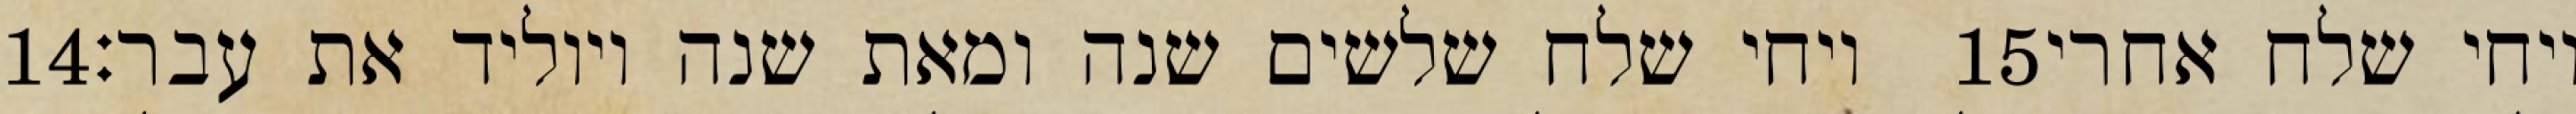
‎14‏ ויחי שלח שלשים שנה ומאת שנה ויוליד את עבר׃ ‎15‏ ויחי שלח אחרי